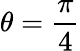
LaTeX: \theta={\frac{\pi}{4}}